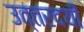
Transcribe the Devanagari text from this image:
उत्‍तरदयी